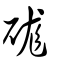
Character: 硥